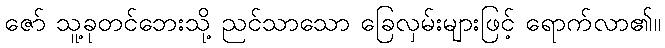
ဇော် သူ့ခုတင်ဘေးသို့ ညင်သာသော ခြေလှမ်းများဖြင့် ရောက်လာ၏။